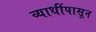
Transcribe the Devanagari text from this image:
व्याधींपासून